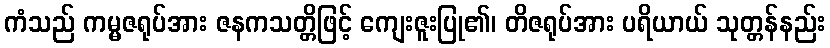
ကံသည် ကမ္မဇရုပ်အား ဇနကသတ္တိဖြင့် ကျေးဇူးပြု၏၊ တိဇရုပ်အား ပရိယာယ် သုတ္တန်နည်း